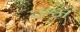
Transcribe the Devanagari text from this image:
दर्श्न